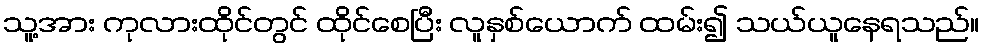
သူ့အား ကုလားထိုင်တွင် ထိုင်စေပြီး လူနှစ်ယောက် ထမ်း၍ သယ်ယူနေရသည်။